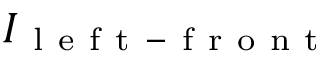
I _ { \mathrm { ~ l ~ e ~ f ~ t ~ - ~ f ~ r ~ o ~ n ~ t ~ } }